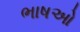
ભાષઓ